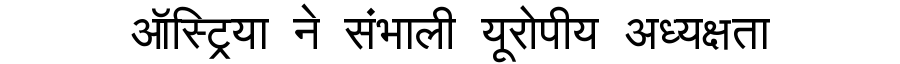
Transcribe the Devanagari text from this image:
ऑस्ट्रिया ने संभाली यूरोपीय अध्यक्षता